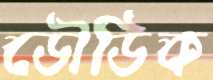
ডৌডিক